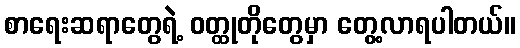
စာရေးဆရာတွေရဲ့ ဝတ္ထုတိုတွေမှာ တွေ့လာရပါတယ်။